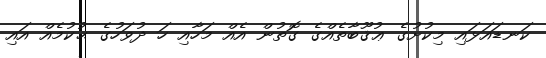
ކަނޑައަޅައި މިކުށުގެ ޢުޤޫބާތެއްގެ ގޮތުން އެއް މަހާއި ހަ ދުވަހުގެ ޙުކުމެއް އައި